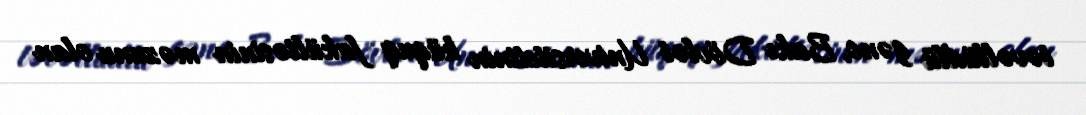
təvəllüdlü gənc, Bakı Dövlət Universitetinin hüquq fakültəsinin məzunu olan